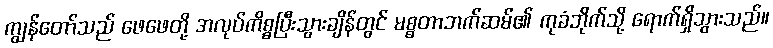
ကျွန်တော်သည် ဖေဖေတို့ အလုပ်ကိစ္စပြီးသွားချိန်တွင် မစ္စတာဘက်ဆမ်၏ ကုခံဘိုက်သို့ ရောက်ရှိသွားသည်။